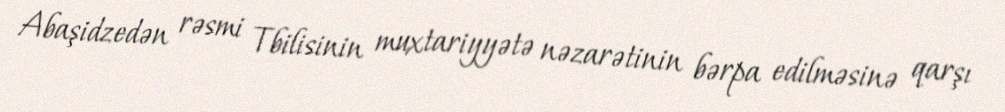
Abaşidzedən rəsmi Tbilisinin muxtariyyətə nəzarətinin bərpa edilməsinə qarşı